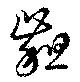
齟